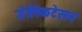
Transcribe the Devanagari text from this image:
डेलिकटेसन